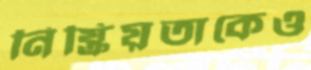
নিষ্ক্রিয়তাকেও